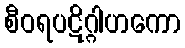
စီဝရပဋိဂ္ဂါဟကော